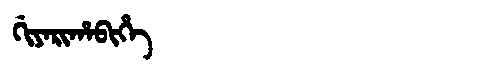
Manchu: ᡤᡳᠶᠠᡵᡳᡥᠠᠪᡳᡥᡝ
Romanization: GIYARIHABIHE